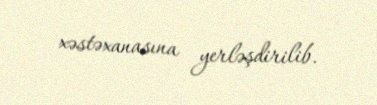
xəstəxanasına yerləşdirilib.